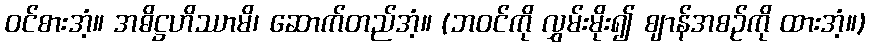
ဝင်စားအံ့။ အဓိဋ္ဌဟိဿာမိ၊ ဆောက်တည်အံ့။ (ဘဝင်ကို လွှမ်းမိုး၍ ဈာန်အစဉ်ကို ထားအံ့။)